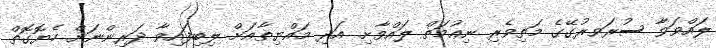
ލައްވަވާ ސުރަވރުގޭގެ މަތިވެރި ނިޢުމަތް ލައްވާށި. އަދި މައްޔިތާއަށް ލިބިފައިވާ ދަރިންނަށް ހެޔޮގޮތް